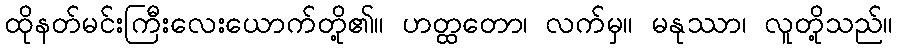
ထိုနတ်မင်းကြီးလေးယောက်တို့၏။ ဟတ္ထတော၊ လက်မှ။ မနုဿာ၊ လူတို့သည်။